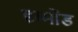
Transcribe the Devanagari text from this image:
दृम्मोंड